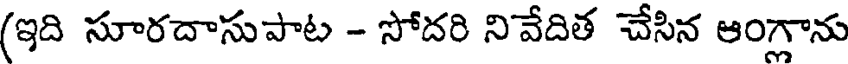
(ఇది సూరదాసుపాట - సోదరి నివేదిత చేసిన ఆంగాను